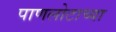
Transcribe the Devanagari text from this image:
पाणलोटाच्या